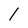
Character: 1